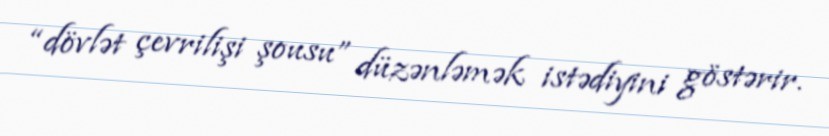
“dövlət çevrilişi şousu” düzənləmək istədiyini göstərir.